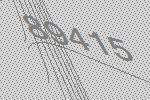
89415